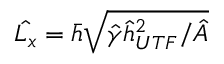
\hat { L _ { x } } = \bar { h } \sqrt { \hat { \gamma } \hat { h } _ { U T F } ^ { 2 } / \hat { A } }